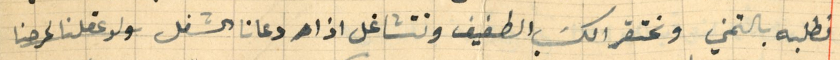
نطلبه بالتمني ونحتقر الكسَب الطفيف ونتشاغل اذا دعانا الشغل ولو عقلنا لحرصنا